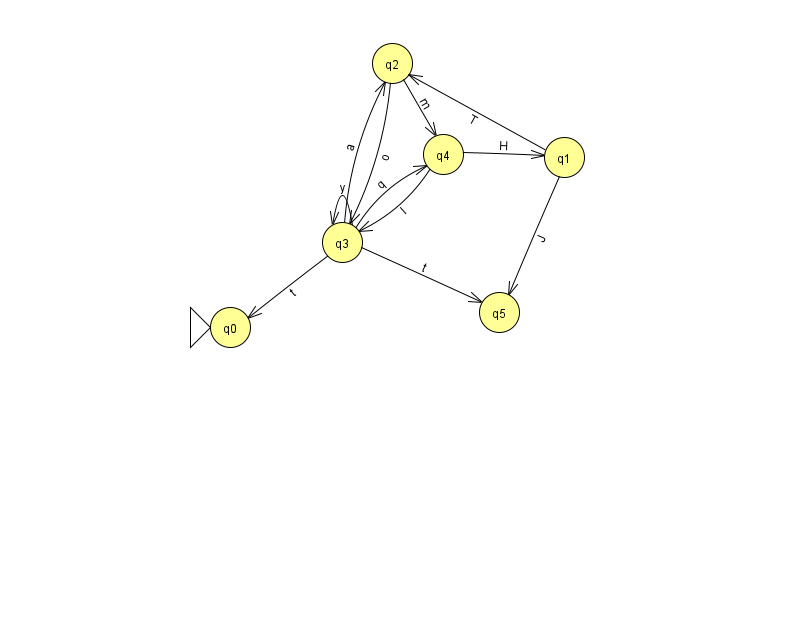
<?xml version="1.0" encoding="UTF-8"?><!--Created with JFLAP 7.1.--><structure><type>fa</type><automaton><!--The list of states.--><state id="0" name="q0"><x>230.0</x><y>314.0</y><initial/></state><state id="1" name="q1"><x>564.0</x><y>144.0</y></state><state id="2" name="q2"><x>392.0</x><y>50.0</y></state><state id="3" name="q3"><x>342.0</x><y>229.0</y></state><state id="4" name="q4"><x>443.0</x><y>141.0</y></state><state id="5" name="q5"><x>499.0</x><y>299.0</y></state><!--The list of transitions.--><transition><from>2</from><to>3</to><read>o</read></transition><transition><from>1</from><to>2</to><read>T</read></transition><transition><from>3</from><to>0</to><read>t</read></transition><transition><from>4</from><to>3</to><read>I</read></transition><transition><from>1</from><to>5</to><read>J</read></transition><transition><from>3</from><to>3</to><read>y</read></transition><transition><from>3</from><to>4</to><read>q</read></transition><transition><from>4</from><to>1</to><read>H</read></transition><transition><from>3</from><to>2</to><read>a</read></transition><transition><from>3</from><to>5</to><read>t</read></transition><transition><from>2</from><to>4</to><read>m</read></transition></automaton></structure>